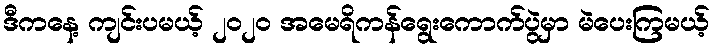
ဒီကနေ့ ကျင်းပမယ့် ၂၀၂၀ အမေရိကန်ရွေးကောက်ပွဲမှာ မဲပေးကြမယ့်